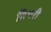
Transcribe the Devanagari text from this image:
बिथरी